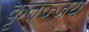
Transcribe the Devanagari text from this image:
कृतज्जय